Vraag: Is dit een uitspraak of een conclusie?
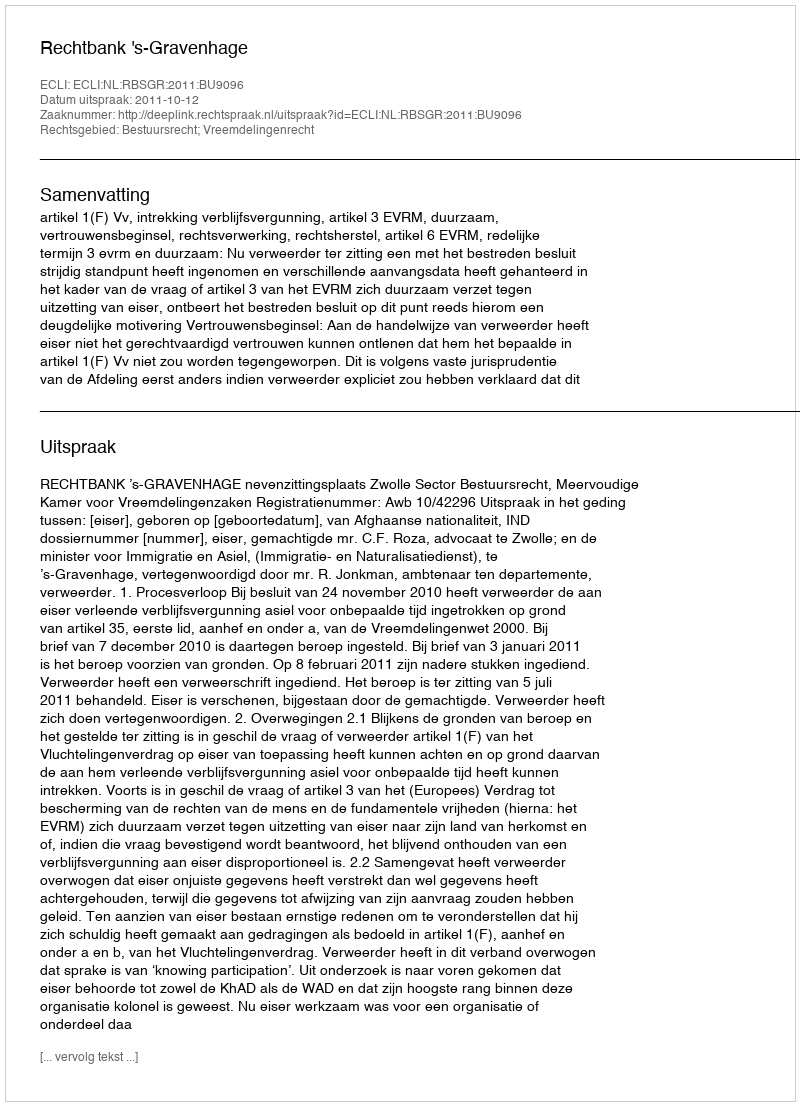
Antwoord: Uitspraak